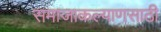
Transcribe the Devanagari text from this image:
समाजाकल्याणसाठी